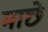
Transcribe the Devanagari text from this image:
माछे